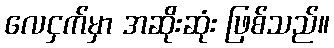
လေငှက်မှာ အဆိုးဆုံး ဖြစ်သည်။